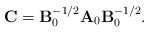
\begin{align*}{\bf C} = {\bf B}_0^{-1/2} {\bf A} _0 {\bf B}_0 ^{-1/2}.\end{align*}